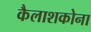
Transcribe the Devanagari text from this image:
कैलाशकोना